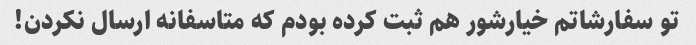
تو سفارشاتم خیارشور هم ثبت کرده بودم که متاسفانه ارسال نکردن!